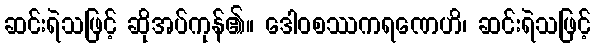
ဆင်းရဲသဖြင့် ဆိုအပ်ကုန်၏။ ဒေါဝစဿကရဏေဟိ၊ ဆင်းရဲသဖြင့်